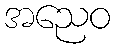
အညေဝ